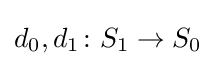
d_{0},d_{1}\colon S_{1}\rightarrow S_{0}